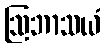
ဩဘာသယံ